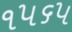
૧૫૬૫